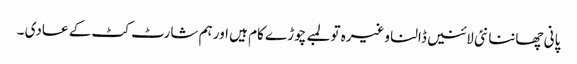
پانی چھاننا نئی لائنیں ڈالنا وغیرہ تو لمبے چوڑے کام ہیں اور ہم شارٹ کٹ کے عادی ۔